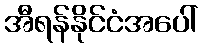
အီရန်နိုင်ငံအပေါ်